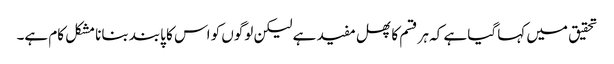
تحقیق میں کہا گیا ہے کہ ہر قسم کا پھل مفید ہے لیکن لوگوں کو اس کا پابند بنانا مشکل کام ہے۔